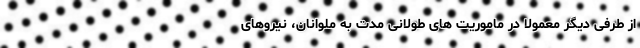
از طرفی دیگر معمولا در ماموریت های طولانی مدت به ملوانان، نیروهای